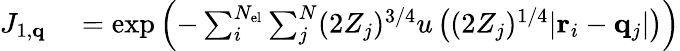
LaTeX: \begin{array}{rl}{J_{1,\mathbf{q}}}&{{}=\exp\left(-\sum_{i}^{N_{\mathrm{el}}}\sum_{j}^{N}(2Z_{j})^{3/4}u\left((2Z_{j})^{1/4}|\mathbf{r}_{i}-\mathbf{q}_{j}|\right)\right)}\end{array}